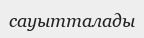
сауытталады